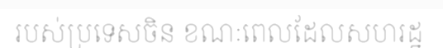
របស់ប្រទេសចិន ខណៈពេលដែលសហរដ្ឋ